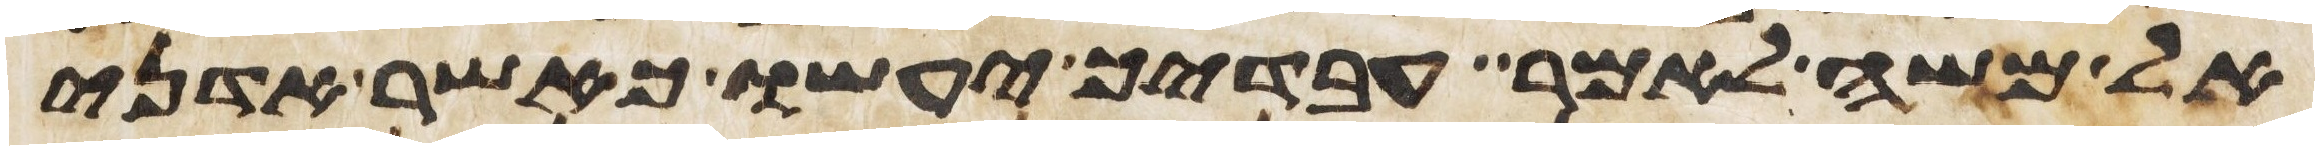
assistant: אל משה לאמר עבדיך יעשו כאשר אדני